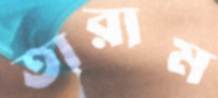
তারাম